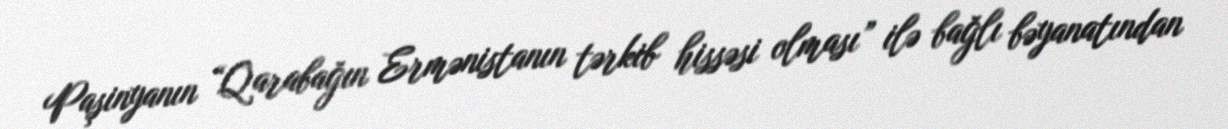
Paşinyanın “Qarabağın Ermənistanın tərkib hissəsi olması” ilə bağlı bəyanatından